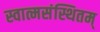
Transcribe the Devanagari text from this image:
स्वात्मसंस्थितम्